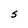
Character: S